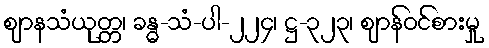
ဈာနသံယုတ္တ၊ ခန္ဓ-သံ-ပါ-၂၂၄၊ ဋ္ဌ-၃၂၃၊ ဈာန်ဝင်စားမှု